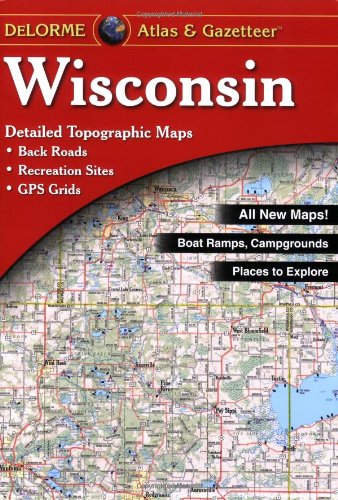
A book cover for Wisconsin Atlas and Gazetteer; Reference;